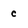
Character: c